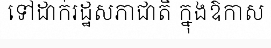
ទៅដាក់រដ្ឋសភាជាតិ ក្នុងឱកាស